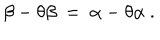
\beta - \theta \beta ~ = ~ \alpha - \theta \alpha ~ .